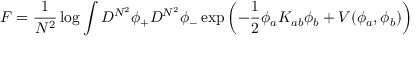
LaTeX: F = { \frac { 1 } { N ^ { 2 } } } \log \int D ^ { N ^ { 2 } } \phi _ { + } D ^ { N ^ { 2 } } \phi _ { - } \exp \left( - { \frac { 1 } { 2 } } \phi _ { a } K _ { a b } \phi _ { b } + V ( \phi _ { a } , \phi _ { b } ) \right)